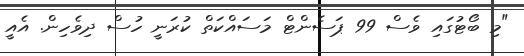
"މި ބޯޓުގައި ވެސް 99 ޕަސެންޓް މަސައްކަތް ކުރަނީ ހުސް ދިވެހިން. އެއީ